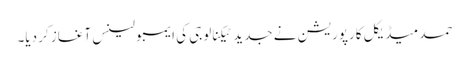
حمد میڈیکل کارپوریشن نے جدید ٹیکنالوجی کی ایمبولینس آغاز کر دیا۔